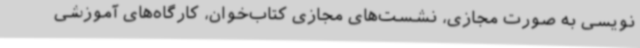
‌نویسی به صورت مجازی، نشست‌های مجازی کتاب‌خوان، کارگاه‌های آموزشی